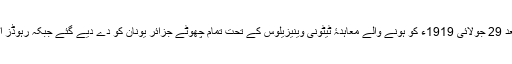
جنگ عظیم اول کے بعد 29 جولائی 1919ء کو ہونے والے معاہدۂ ٹیٹونی وینیزیلوس کے تحت تمام چھوٹے جزائر یونان کو دے دیے گئے جبکہ رہوڈز اٹلی کی تحویل میں رہا۔